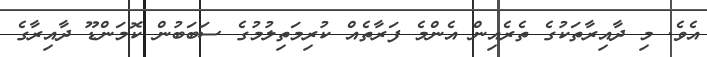
އެވެ. މި ދާއިރާތަކުގެ ތެރެއިން އެންމެ ފަރާތެއް ކުރިމަތިލުމުގެ ސަބަބުން ކޮމަންޑޫ ދާއިރާގެ